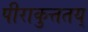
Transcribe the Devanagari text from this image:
पीराकुत्ततय्